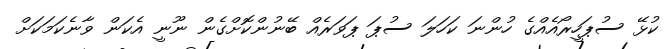
ކުޅޭ ސުޕަހީރޯއެއްގެ ހުންނަ ކަހަލަ ސުޕަ ޕަވަރެއް ބޭނުންކޮށްގެން ނޫނީ އެކަން ވާނެކަމަކަށް